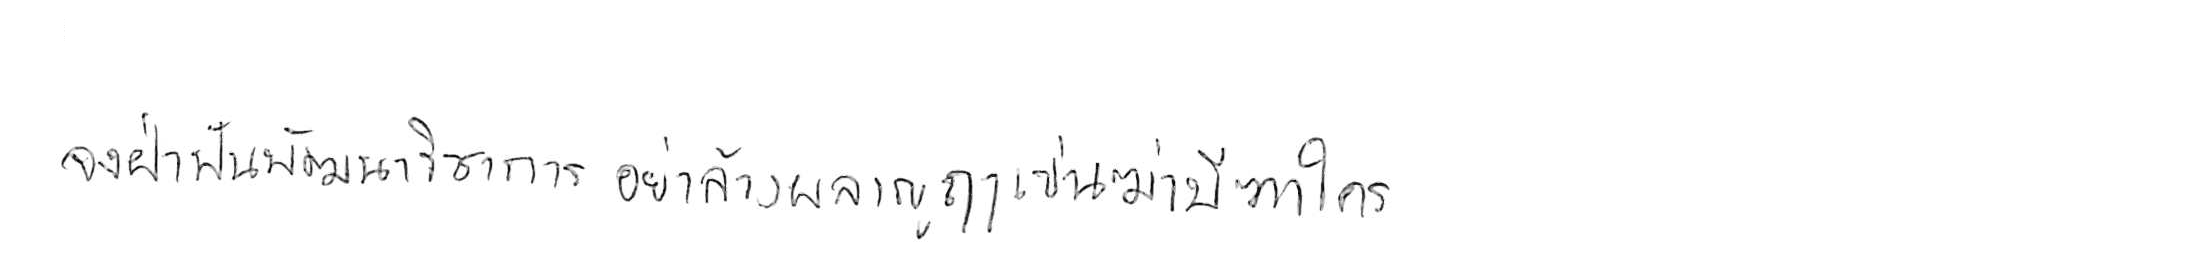
จงฝ่าฟันพัฒนาวิชาการ อย่าล้างผลาญฤๅเข่นฆ่าบีฑาใคร